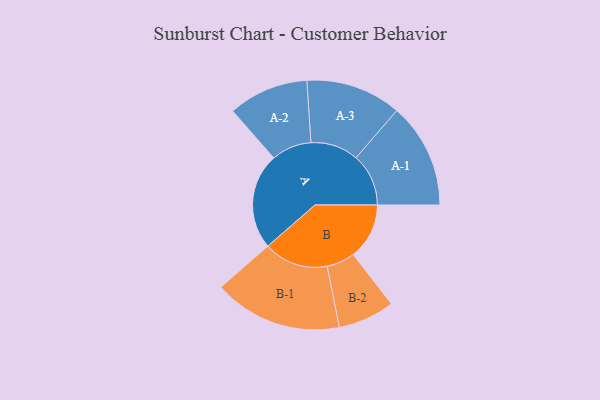
{"axis": {"x": "Segment", "y": "Value"}, "legend": ["", "A", "B"], "data": [{"x": "A", "y": 364, "type": ""}, {"x": "B", "y": 212, "type": ""}, {"x": "A-1", "y": 199, "type": "A"}, {"x": "A-2", "y": 152, "type": "A"}, {"x": "A-3", "y": 181, "type": "A"}, {"x": "B-1", "y": 244, "type": "B"}, {"x": "B-2", "y": 107, "type": "B"}]}